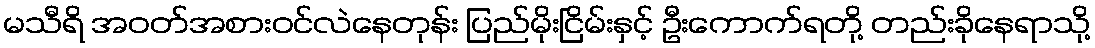
မသီရိ အဝတ်အစားဝင်လဲနေတုန်း ပြည်မိုးငြိမ်းနှင့် ဦးကောက်ရတို့ တည်းခိုနေရာသို့